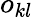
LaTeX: o_{kl}